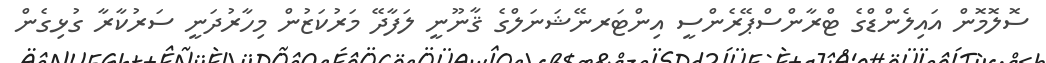
ސޮލޮމޮން އައިލެންޑްގެ ޓްރާންސްޕޭރެންސީ އިންޓަރނޭޝަނަލްގެ ޤާނޫނީ ލަފާދޭ މަރުކަޒުން މިހާރުދަނީ ސަރުކާރާ ގުޅިގެން